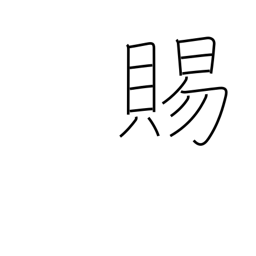
Meaning: boon